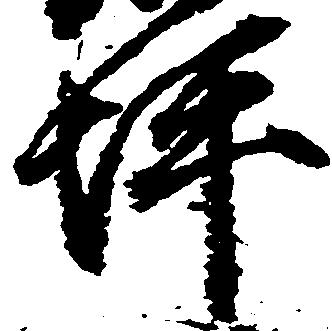
坪